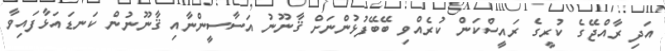
އަދި ރާއްޖޭގެ ކުރީގެ ރައީސްކަން ކުރެއްވި ބޭބޭފުޅުންނަށް ޤާނޫނު އަސާސީންނާއި ޤާނޫނުން ކަނޑައަޅާފައިވާ